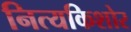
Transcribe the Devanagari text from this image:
नित्यकिशोर